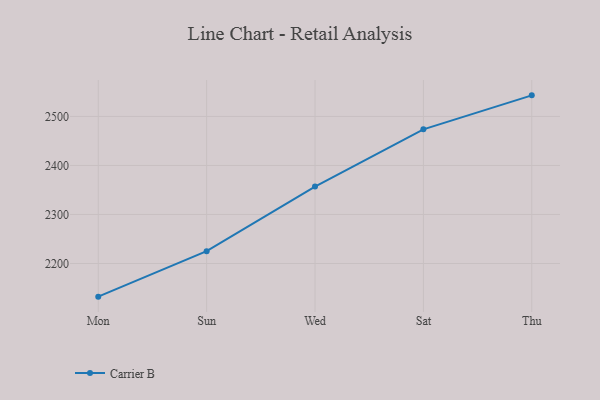
{"axis": {"x": "Day", "y": "Active Users"}, "legend": ["Carrier B"], "data": [{"x": "Mon", "y": 2132.3, "type": "Carrier B"}, {"x": "Sun", "y": 2225.0, "type": "Carrier B"}, {"x": "Wed", "y": 2356.9, "type": "Carrier B"}, {"x": "Sat", "y": 2473.7, "type": "Carrier B"}, {"x": "Thu", "y": 2543.0, "type": "Carrier B"}]}